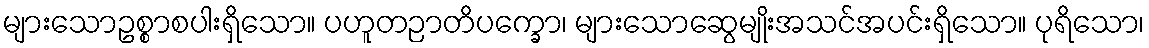
များသောဥစ္စာစပါးရှိသော။ ပဟူတဉာတိပက္ခော၊ များသောဆွေမျိုးအသင်အပင်းရှိသော။ ပုရိသော၊